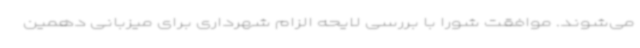
می‌شوند. موافقت شورا با بررسی لایحه الزام شهرداری برای میزبانی دهمین